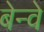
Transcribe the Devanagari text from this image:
बेन्वे